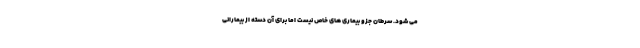
می شود. سرطان جزو بیماری های خاص نیست اما برای آن دسته از بیمارانی